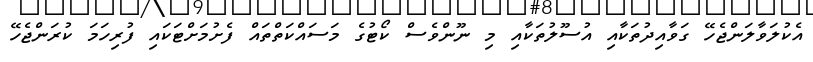
އެކުލަވާލަންޖެހޭ ގަވާއިދުތަކާއި އުސޫލުތަކާއި މި ނޫންވެސް ކޯޓުގެ މަސައްކަތްތައް ފެށުމަށްޓަކައި ފުރިހަމަ ކުރަންޖެހޭ